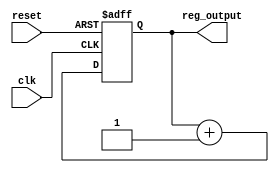
`timescale 1ns / 1ps
//////////////////////////////////////////////////////////////////////////////////
// Company: 
// Engineer: 
// 
// Design Name: 
// Module Name: counter
// Project Name: 
// Target Devices: 
// Tool Versions: 
// Description: 
// 
// Dependencies: 
// 
// Revision:
// Revision 0.01 - File Created
// Additional Comments:
// 
//////////////////////////////////////////////////////////////////////////////////


module counter(
    input clk,
    input reset,
    output[39:0] reg_output);
    

    reg[39:0] reg_out = 0;
    /*or(reg_output[0], clk, clk);
    or(reg_output[1], clk, clk);
    or(reg_output[2], clk, clk);*/
    assign reg_output = reg_out;

       
        
    always @(posedge clk, posedge reset)
    begin
        if(reset != 1)
            reg_out <= (reg_out + 1);
        else
            reg_out <= 40'b0;
    end
    
endmodule